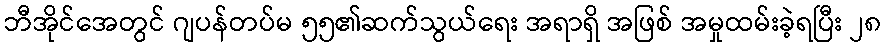
ဘီအိုင်အေတွင် ဂျပန်တပ်မ ၅၅၏ဆက်သွယ်ရေး အရာရှိ အဖြစ် အမှုထမ်းခဲ့ရပြီး ၂၈